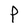
Character: P